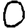
Digit: 0